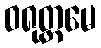
ဝရုတ္တမေ